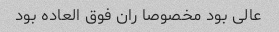
عالی بود مخصوصا ران فوق العاده بود